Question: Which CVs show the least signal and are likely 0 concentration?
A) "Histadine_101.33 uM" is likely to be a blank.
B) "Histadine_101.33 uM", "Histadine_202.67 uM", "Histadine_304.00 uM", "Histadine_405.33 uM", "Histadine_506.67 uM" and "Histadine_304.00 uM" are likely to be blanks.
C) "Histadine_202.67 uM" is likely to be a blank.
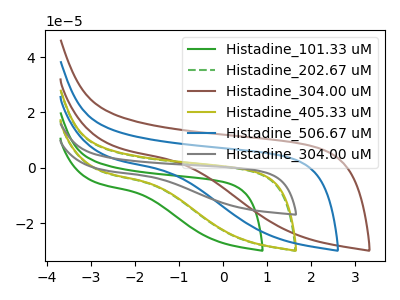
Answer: <think>The green curve "Histadine_101.33 uM" has no peaks. The green dashed curve "Histadine_202.67 uM" has no peaks. The brown curve "Histadine_304.00 uM" has no peaks. The olive curve "Histadine_405.33 uM" has no peaks. The blue curve "Histadine_506.67 uM" has no peaks. The gray curve "Histadine_304.00 uM" has no peaks.</think>
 <answer>B) "Histadine_101.33 uM", "Histadine_202.67 uM", "Histadine_304.00 uM", "Histadine_405.33 uM", "Histadine_506.67 uM" and "Histadine_304.00 uM" are likely to be blanks.</answer>
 <eval>B</eval>